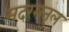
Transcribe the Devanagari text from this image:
मदरसतुल